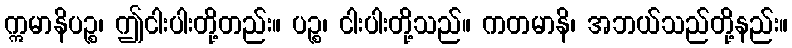
ဣမာနိပဉ္စ၊ ဤငါးပါးတို့တည်း။ ပဉ္စ၊ ငါးပါးတို့သည်။ ကတမာနိ၊ အဘယ်သည်တို့နည်း။